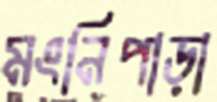
মংনিপাড়া